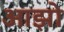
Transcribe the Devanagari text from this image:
आझो